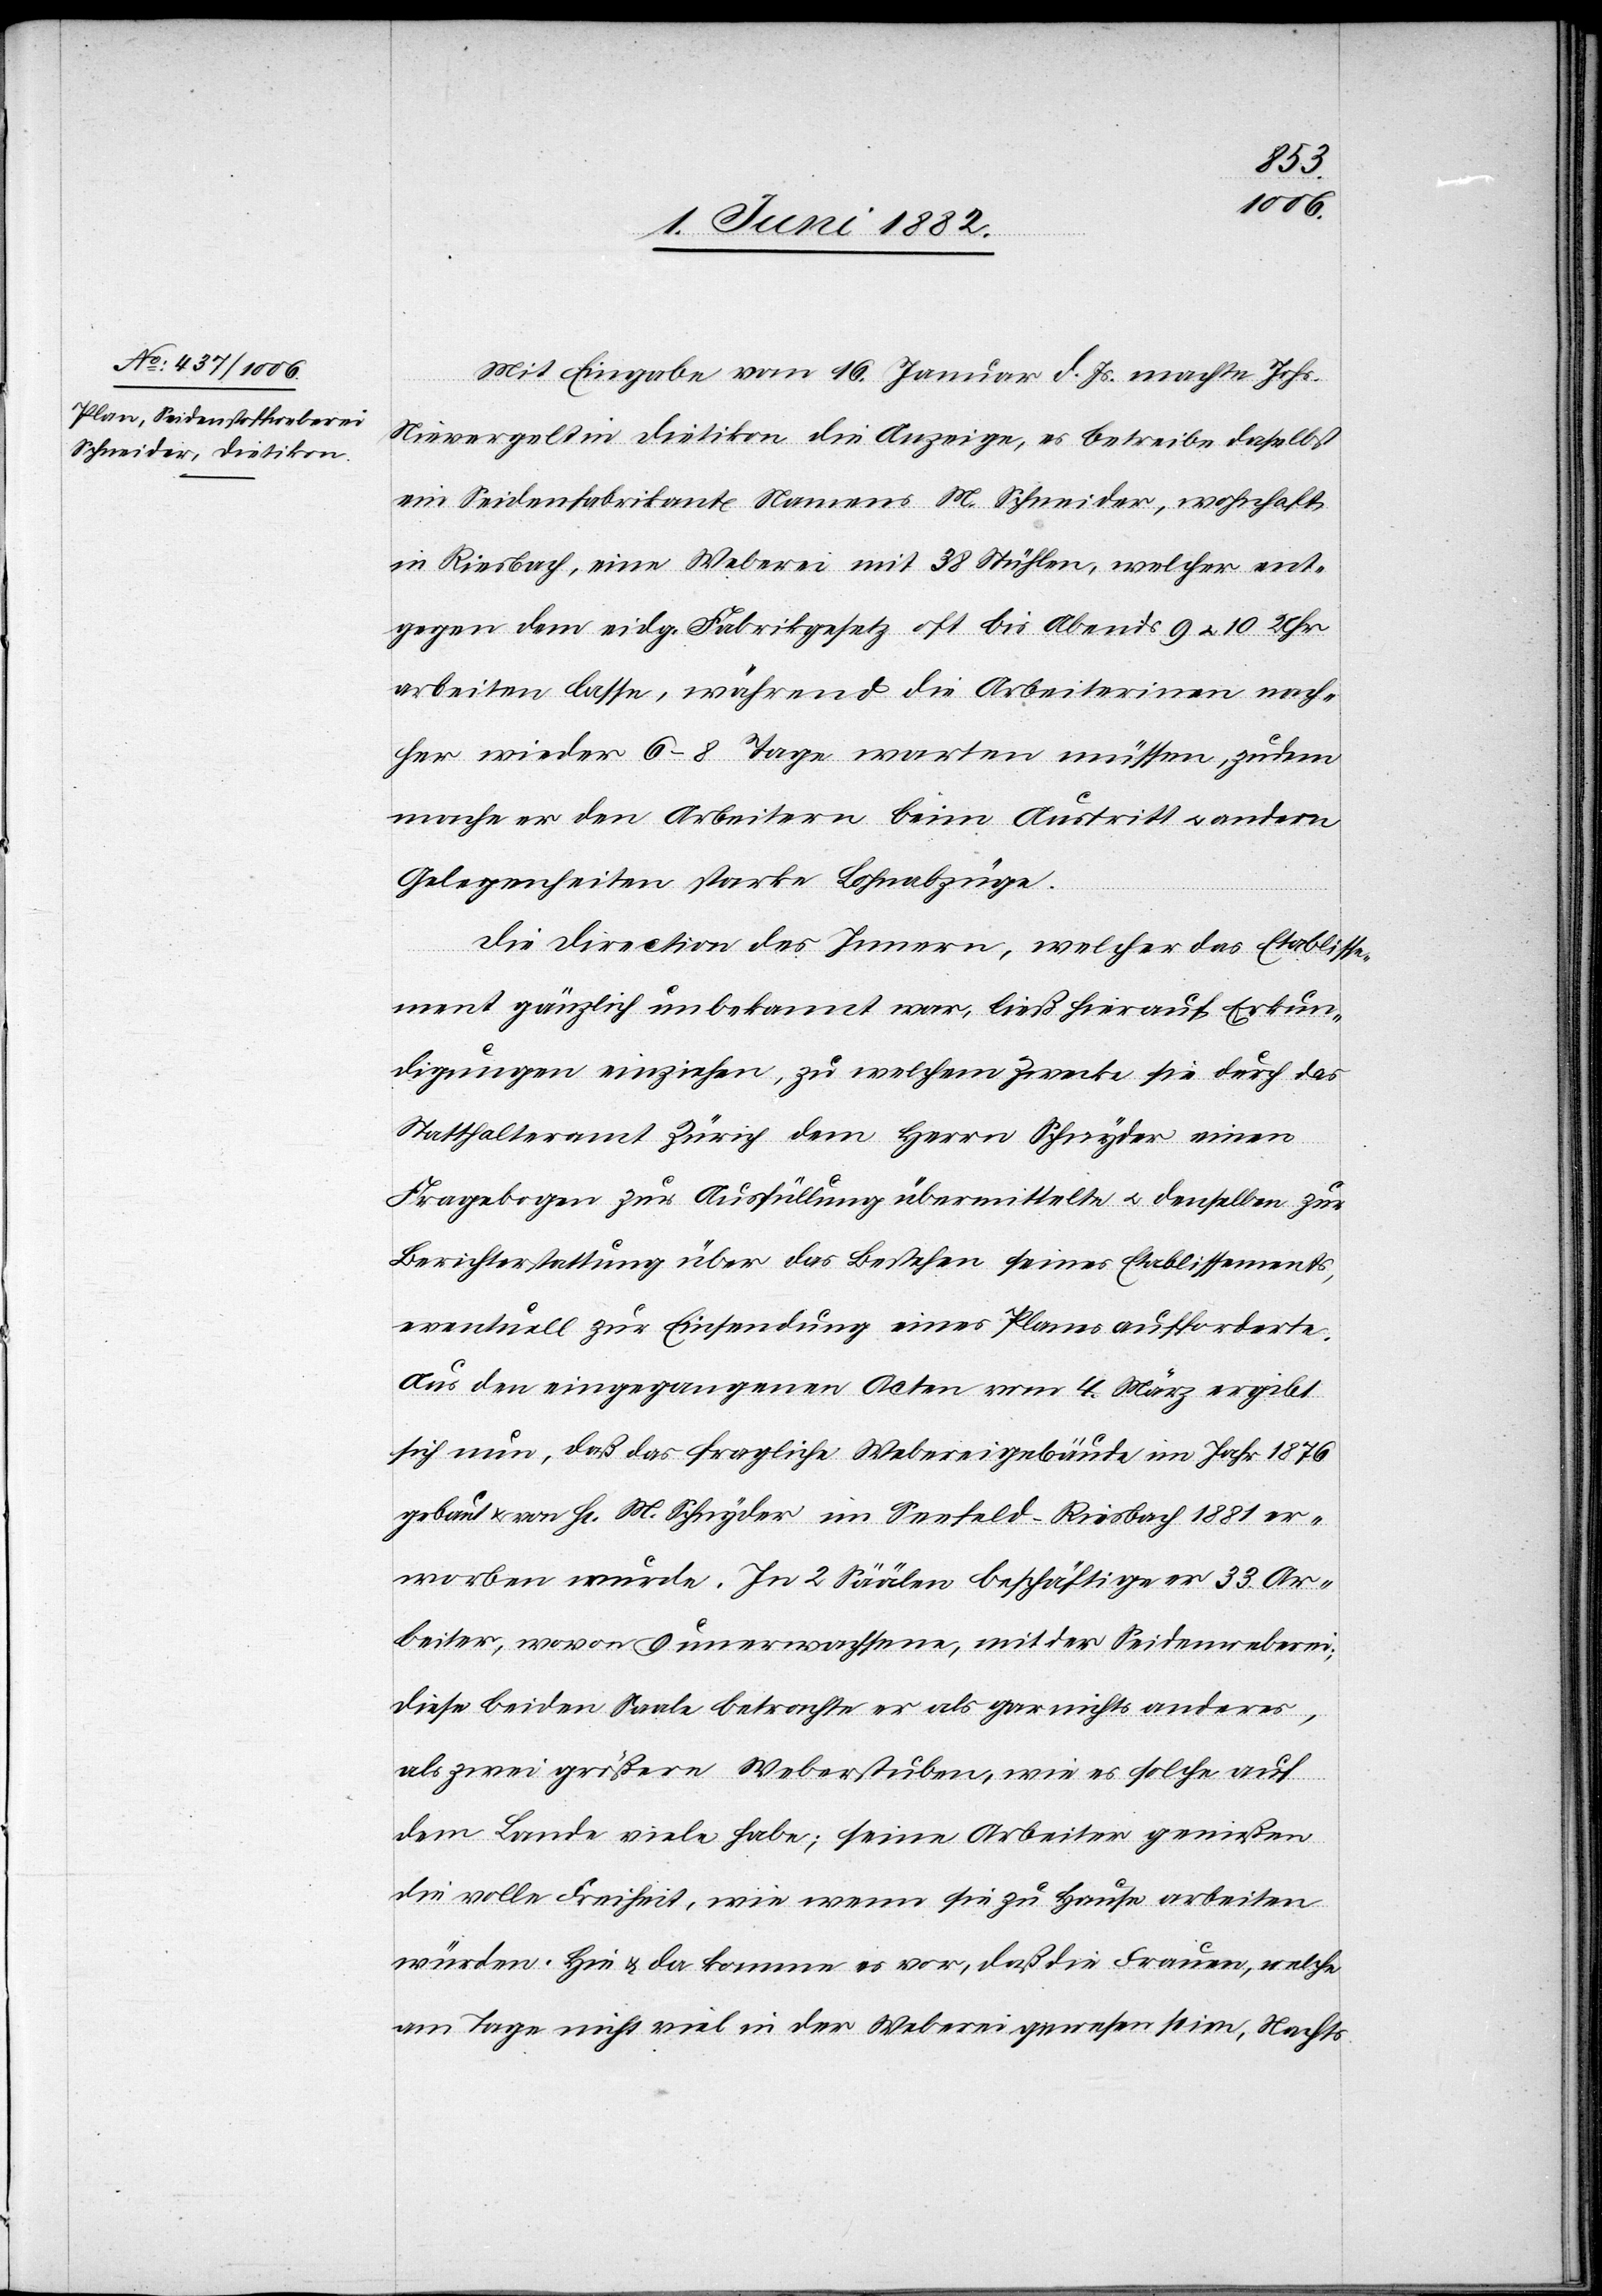
Mit Eingabe vom 16. Januar d. Js. machte Johs.
Nievergelt in Dietikon die Anzeige, es betreibe daselbst
ein Seidenfabrikant Namens M. Schneider, wohnhaft
in Riesbach, eine Weberei mit 38 Stühlen, welcher ent¬
gegen dem eidg. Fabrikgesetz oft bis Abends 9 u. 10 Uhr
arbeiten lasse, während die Arbeiterinnen nach¬
her wieder 6–8 Tage warten müssen, zudem
mache er den Arbeitern beim Austritt u. andern
Gelegenheiten starke Lohnabzüge.
Die Direction des Innern, welcher das Etablisse¬
ment gänzlich unbekannt war, ließ hierauf Erkun¬
digungen einziehen, zu welchem Zwecke sie durch das
Statthalteramt Zürich dem Herrn Schnyder [sic!] einen
Fragebogen zur Ausfüllung übermittelte u. denselben zur
Berichterstattung über das Bestehen seines Etablissements,
eventuell zur Einsendung eines Planes aufforderte.
Aus den eingegangenen Acten vom 4. März ergibt
sich nun, daß das fragliche Webereigebäude im Jahr 1876
gebaut & von H[rn]. M. Schnyder im Seefeld - Riesbach 1881 er¬
worben wurde. In 2 Säälen beschäftige er 33 Ar¬
beiter, wovon 9 unerwachsen, mit der Seidenweberei;
diese beiden Sääle betrachte er als gar nichts anderes,
als zwei größere Weberstuben, wie es solche auf
dem Lande viele habe; seine Arbeiter genießen
die volle Freiheit, wie wenn sie zu Hause arbeiten
würden. Hie & da komme es vor, daß die Frauen, welche
am Tage nicht viel in der Weberei gewesen seien, Nachts